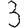
Digit: 3